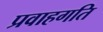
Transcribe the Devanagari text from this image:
प्रवाहगति